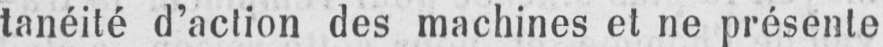
tanéité d’action des machines et ne présente